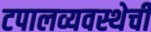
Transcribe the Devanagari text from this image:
टपालव्यवस्थेची